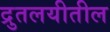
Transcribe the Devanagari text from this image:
द्रुतलयीतील